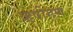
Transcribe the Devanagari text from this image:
ऋषीगण